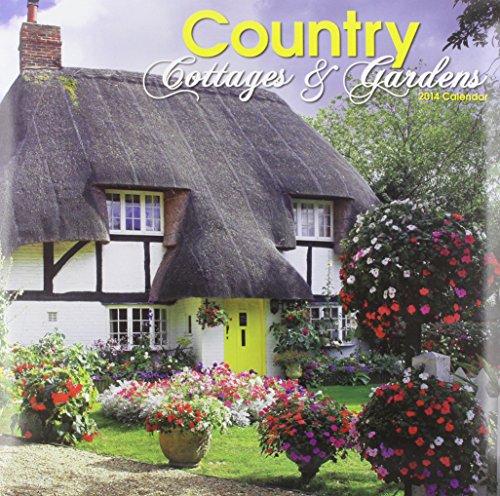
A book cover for Country Cottages & Gardens W; Calendars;